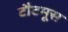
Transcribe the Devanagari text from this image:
टौटमूस